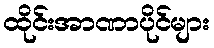
ထိုင်းအာဏာပိုင်များ